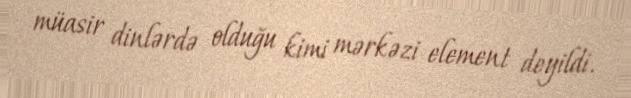
müasir dinlərdə olduğu kimi mərkəzi element deyildi.